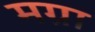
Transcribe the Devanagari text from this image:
मग्रा